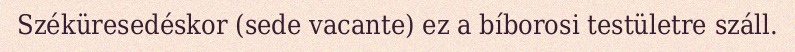
Széküresedéskor (sede vacante) ez a bíborosi testületre száll.